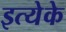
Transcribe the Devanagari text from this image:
इत्येके